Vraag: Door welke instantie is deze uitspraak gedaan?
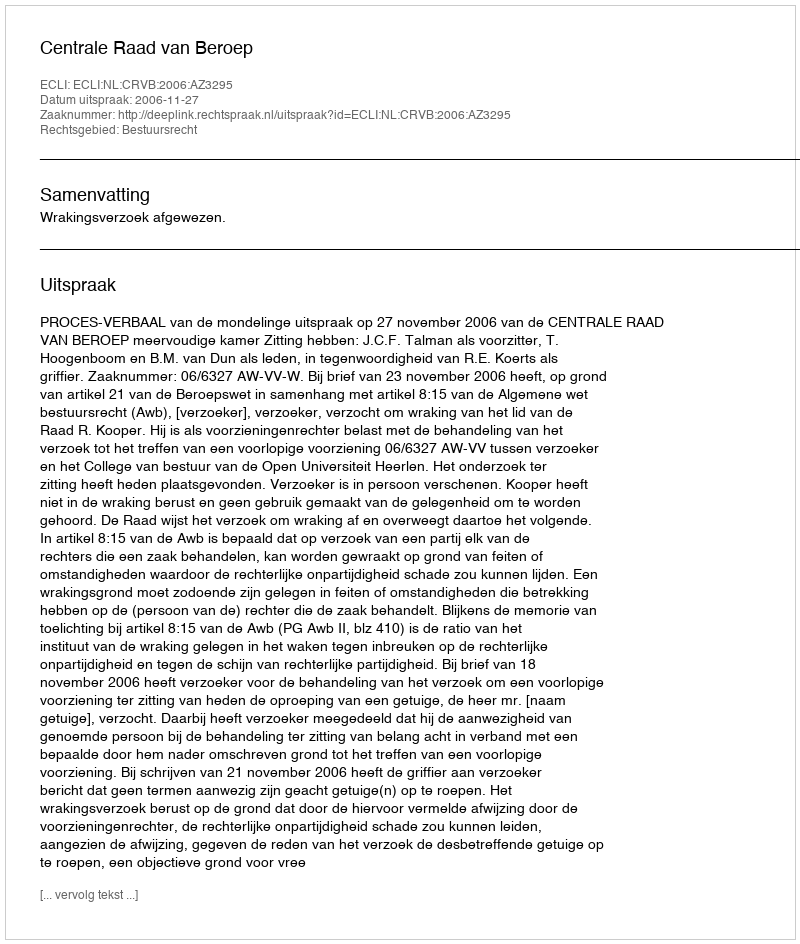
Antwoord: Centrale Raad van Beroep